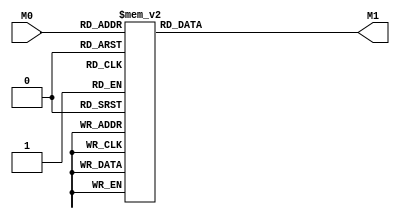
module layer0_N29 ( input [2:0] M0, output [1:0] M1 );

	(*rom_style = "distributed" *) reg [1:0] M1r;
	assign M1 = M1r;
	always @ (M0) begin
		case (M0)
			3'b000: M1r = 2'b00;
			3'b100: M1r = 2'b11;
			3'b010: M1r = 2'b00;
			3'b110: M1r = 2'b11;
			3'b001: M1r = 2'b00;
			3'b101: M1r = 2'b11;
			3'b011: M1r = 2'b00;
			3'b111: M1r = 2'b11;

		endcase
	end
endmodule